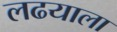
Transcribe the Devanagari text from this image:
लढयाला